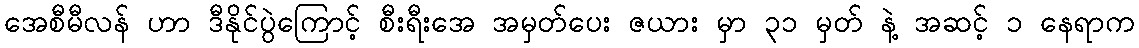
အေစီမီလန် ဟာ ဒီနိုင်ပွဲကြောင့် စီးရီးအေ အမှတ်ပေး ဇယား မှာ ၃၁ မှတ် နဲ့ အဆင့် ၁ နေရာက